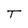
Character: T